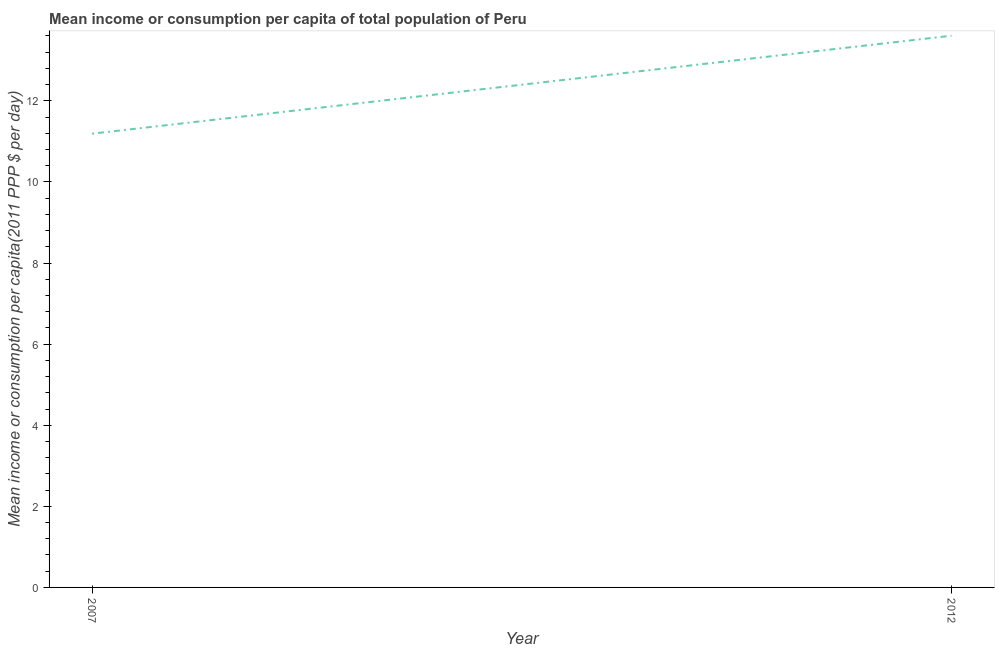
| Year | Total population |
 | --- | --- |
 | 2007 | 11.2 |
 | 2012 | 13.6 |